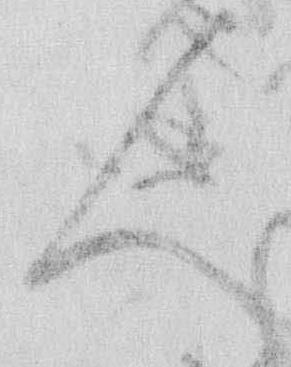
人